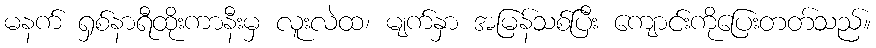
မနက် ရှစ်နာရီထိုးကာနီးမှ လူးလဲထ၊ မျက်နှာ အမြန်သစ်ပြီး ကျောင်းကိုပြေးတတ်သည်။